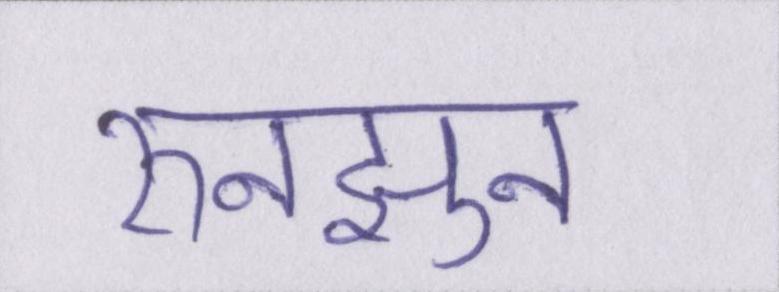
रुनझुन